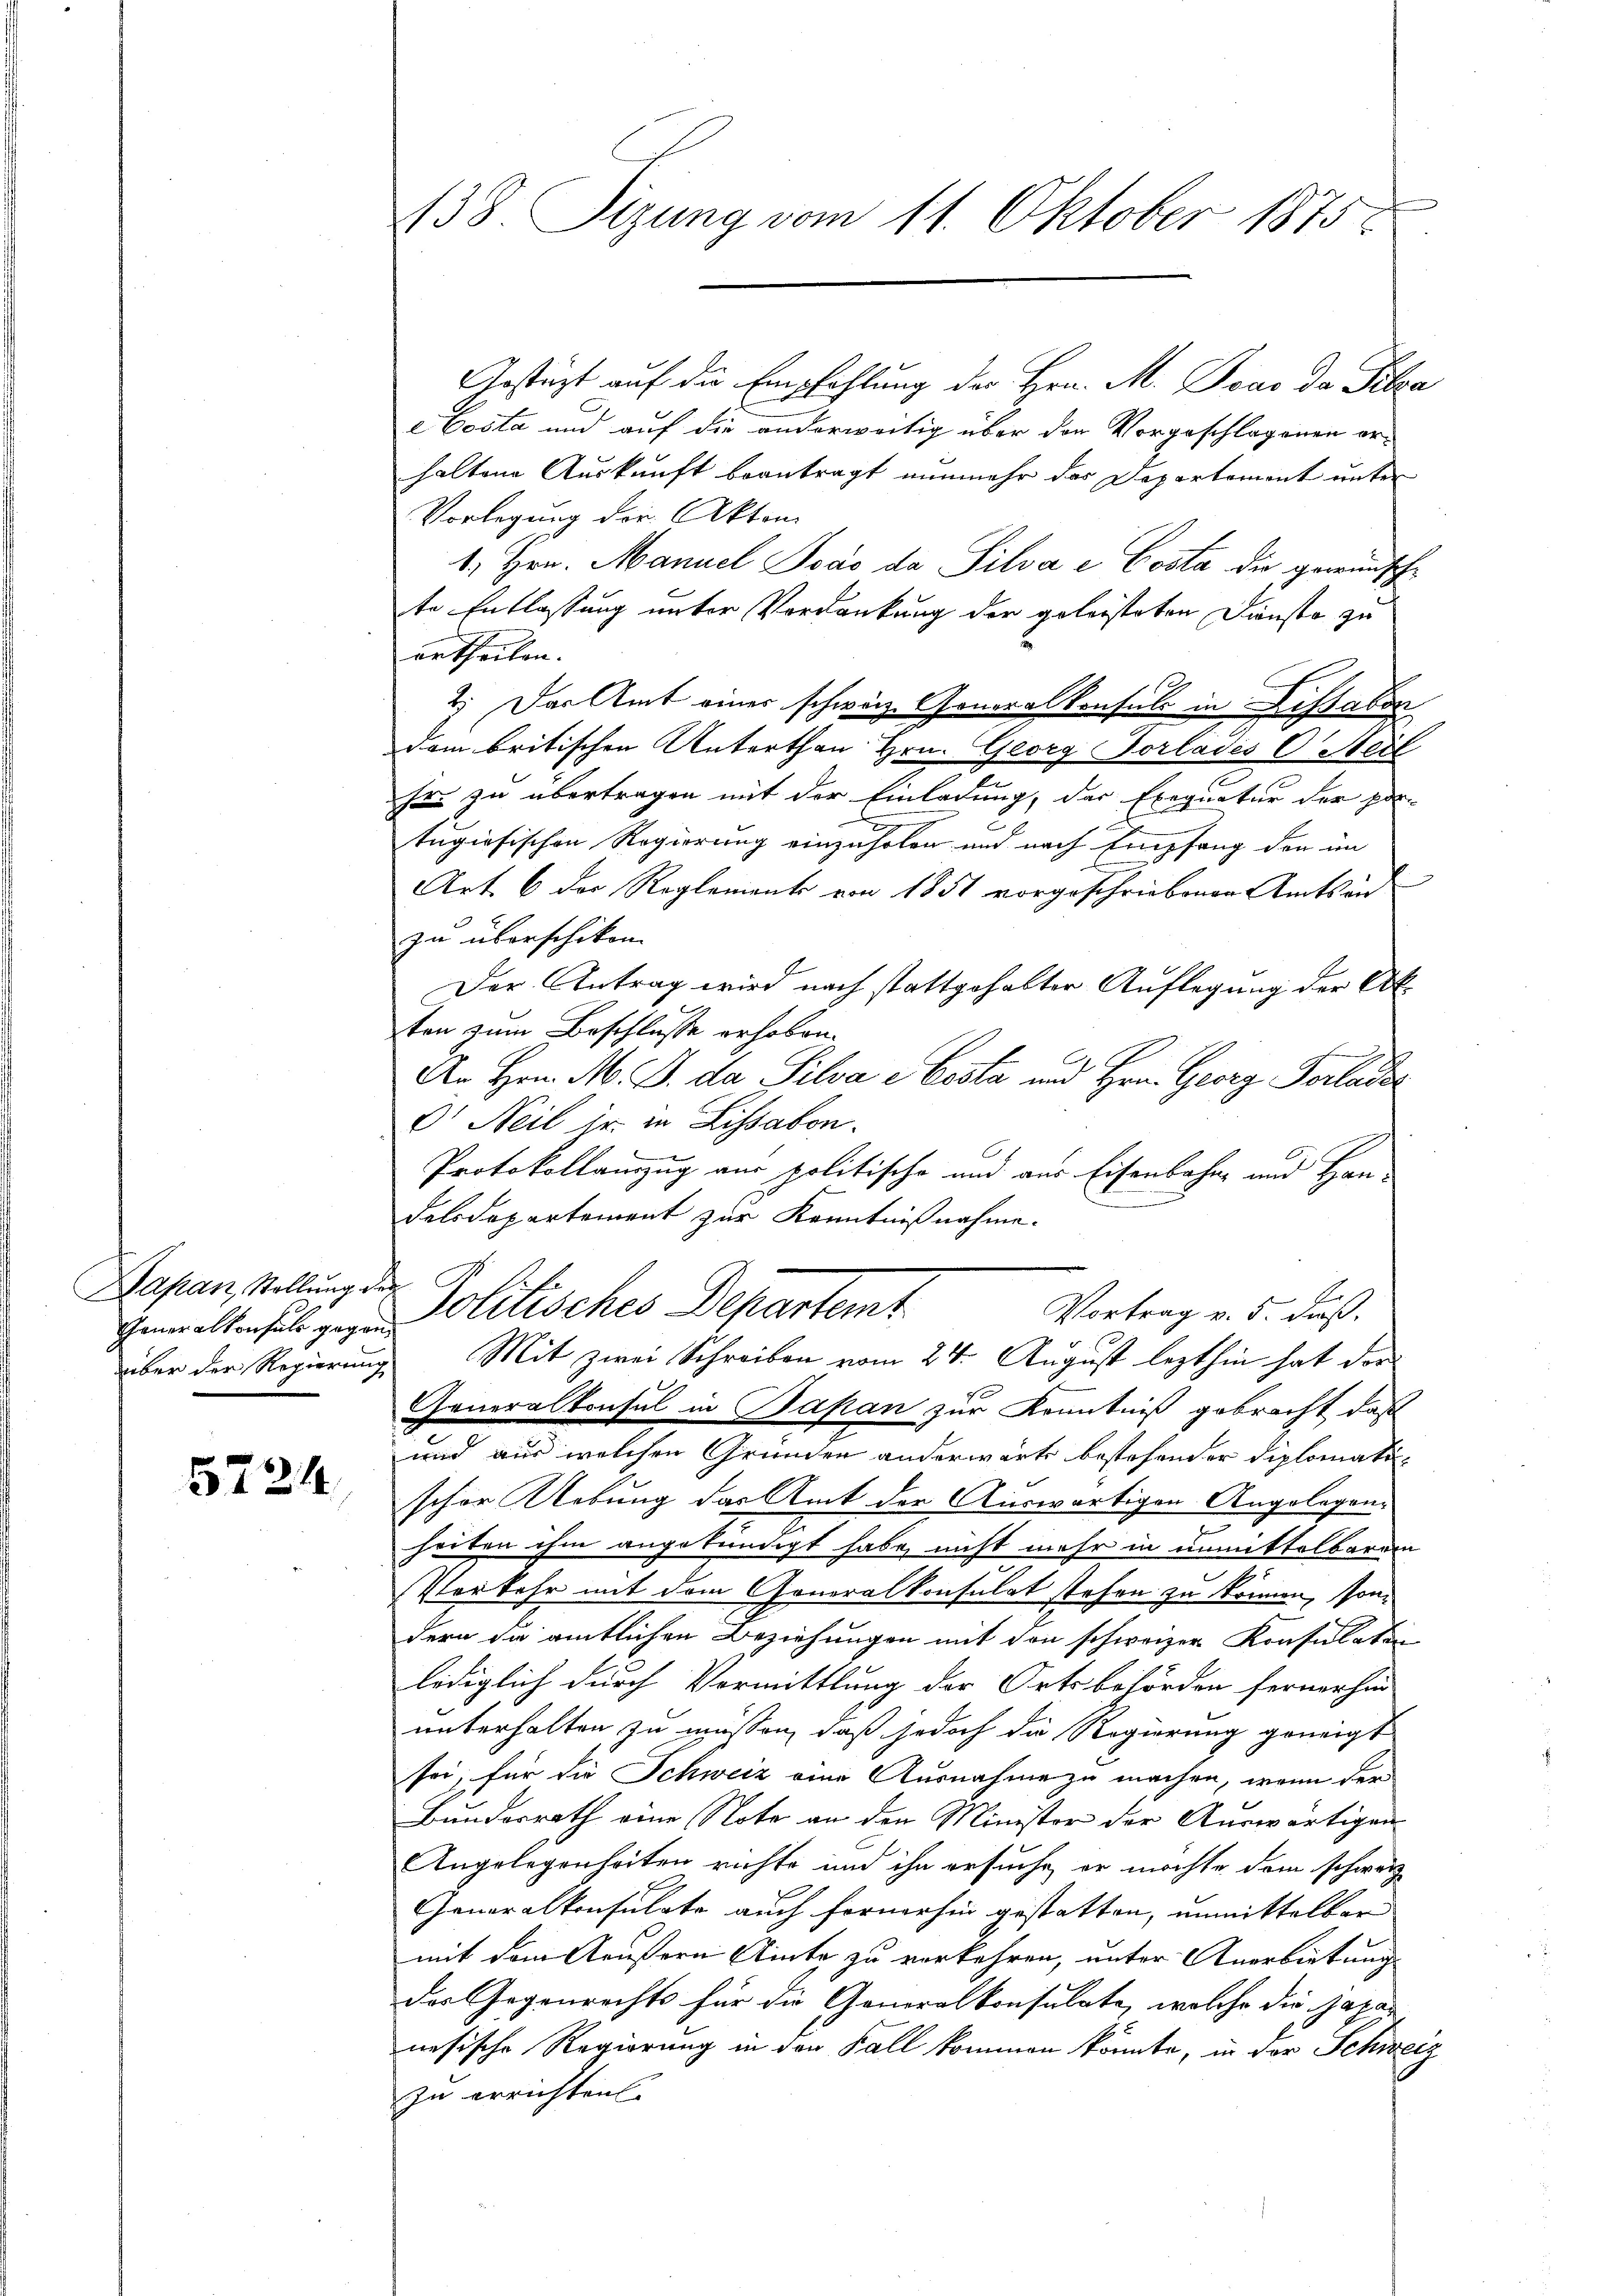
Dapan, Stellung der

5724

138. Sizung vom 11. Oktober 1875.

Gestüzt auf die Empfehlung der Hrn. M. Tous da Pilza
e Costa und auf die anderweitig über den Vorgeschlagenen erhaltene Auskunft beantragt nunmehr das Departement unter
Vorlegung der Akton
1. Hrn. Manuel Soás da Silva e Costa die gewünsche
te Entlassung unter Vordankung der geleisteten Dienste zu
ertheilen. |
2. Das Amt einer schweiz. Generalkonsuls in Dissabor
dem britischen Unterthan Hrn. Georg Dorlades C. Meil
fir zu übertragen mit der Einladung, der Exequatur der por-
tugisischen Regierung einzuholen und nach Empfang der im
Art. 6 der Reglement von 1851 vorgeschriebenen Amtsan
zu überschiken.
Der Antrag wird nach stattgehalter Auflegung der Ak
ten zum Beschlusse erhoben.
An Hrn. M. B. da Silva Costa und Hrn. Georg Vorlade
D Neil ir in Lissabon.
Protokollamzug aus politische und aus Eisenbahn und Han-
delsdepartement zur Kenntnißnahme.
A
Vortrag v. 5. daß
Henwaltensel zu Politisches Departemt
über der Regierung Mit zwei Schreiben vom 24. August lezthin hat der
Generalkonsul in Bapan zur Kenntniß gebracht, daß
und aus welchen Gründen anderwärts bestehender Diplomatischon Uebung das Amt der Auswärtigen Angelegen¬
J
horten ihm angekündigt habe, nicht mehr in unmittelbarem
Perkehr mit dem Generalkonsulat stehen zu können, sondern die amtlichen Beziehungen mit den schweizer Konsulaten
lediglich durch Vormittlung der Ortsbehörden fernerhin
unterhalten zu müssen, daß jedoch die Regierung geneigt
sei; für die Schweiz eine Ausnahme zu machen, wenn der
Bundesrath eine Note an den Minister der Auswärtigen-
Angelegenheiten richte und ihn ersuche, er möchte dem schweiz
Generalkonsulate auch fernerhin gestatten, unmittelbar
mit dem Aeußern Alinte zu verkehren, unter Anerbietung
des Gegenrechts für die Generalkonsulate, welche die japar
nesische Regierung in den Fall kommen könnte, in der Schweiz
zu errichten.